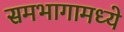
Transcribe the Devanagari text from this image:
समभागामध्ये